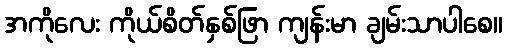
အကိုလေး ကိုယ်စိတ်နှစ်ဖြာ ကျန်းမာ ချမ်းသာပါစေ။